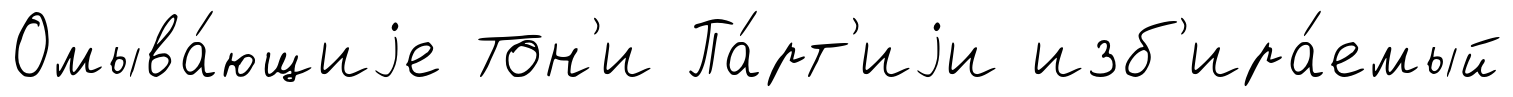
Омыва́ющиjе Тон'и Па́рт'иjи изб'ира́емый